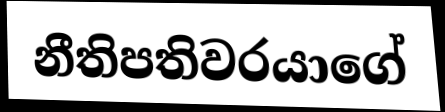
නීතිපතිවරයාගේ